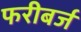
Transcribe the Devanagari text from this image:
फरीबर्ज